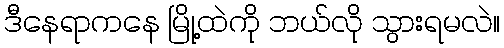
ဒီနေရာကနေ မြို့ထဲကို ဘယ်လို သွားရမလဲ။